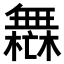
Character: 𣞣